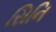
સિનિ